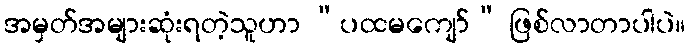
အမှတ်အများဆုံးရတဲ့သူဟာ “ပထမကျော်” ဖြစ်လာတာပါပဲ။